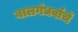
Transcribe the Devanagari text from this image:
बालगंधर्वाचें